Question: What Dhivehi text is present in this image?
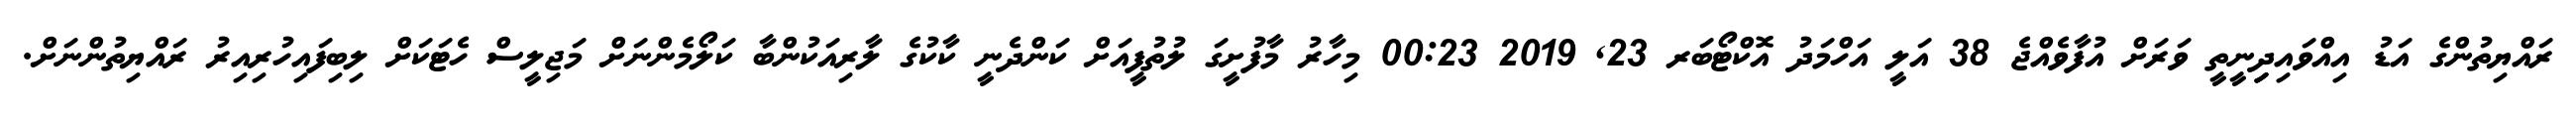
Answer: ރައްޔިތުންގެ އަޑު އިއްވައިދިިިނީތީ ވަރަށް އުފާވެއްޖެ 38 އަލީ އަހްމަދު އޮކްޓޯބަރ 23, 2019 00:23 މިހާރު މާފުށީގަ ލުތުފީއަށް ކަންދެނީ ކާކުގެ ލާރިއަކުންބާ ކަލޯމެންނަށް މަޖިލީސް ހެޓަކަށް ލިބިފައިހުރިއިރު ރައްޔިތުންނަށް.